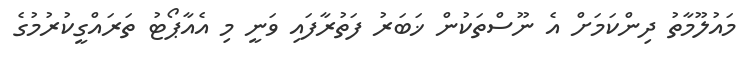
މައުލޫމާތު ދިންކަމަށް އެ ނޫސްތަކުން ޚަބަރު ފަތުރާފައި ވަނީ މި އެއާޕޯޓު ތަރައްގީކުރުމުގެ